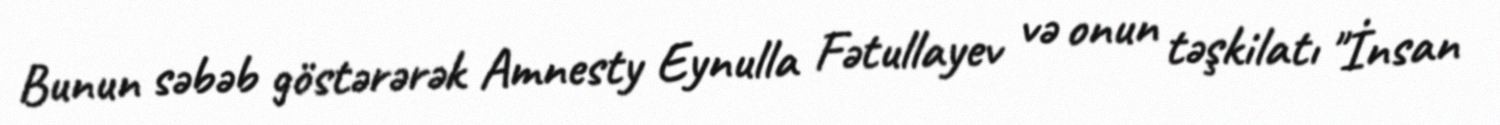
Bunun səbəb göstərərək Amnesty Eynulla Fətullayev və onun təşkilatı "İnsan